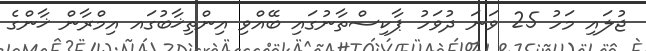
ޖުލައި މަހު 25 ވަނަ ދުވަހު ޕާކިސްތާނުގައި ބޭއްވި އިންތިޚާބުގައ އިމްރާން ޚާންގެ